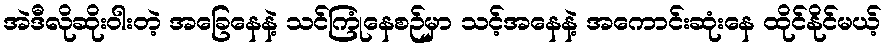
အဲဒီလိုဆိုးဝါးတဲ့ အခြေနေနဲ့ သင်ကြုံနေစဉ်မှာ သင့်အနေနဲ့ အကောင်းဆုံးနေ ထိုင်နိုင်မယ့်